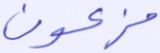
فرعون